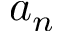
a _ { n }